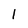
Character: 1